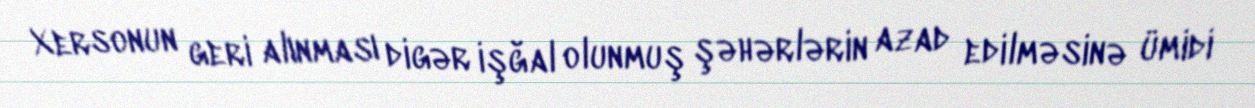
Xersonun geri alınması digər işğal olunmuş şəhərlərin azad edilməsinə ümidi